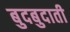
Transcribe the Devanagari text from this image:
बुदबुदाती